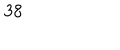
3 8